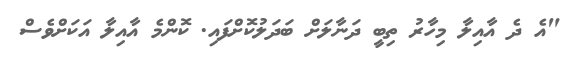
"އެ ދެ އާއިލާ މިހާރު ތިބީ ދަނާލަށް ބަދަލުކޮށްފައި. ކޮންމެ އާއިލާ އަކަށްވެސް